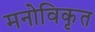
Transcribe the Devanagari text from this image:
मनोविकृत